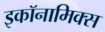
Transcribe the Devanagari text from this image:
इकॉनामिक्स